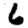
Digit: 6